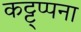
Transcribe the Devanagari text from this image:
कट्ट्प्पना